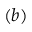
( b )